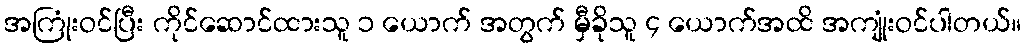
အကြုံးဝင်ပြီး ကိုင်ဆောင်ထားသူ ၁ ယောက် အတွက် မှီခိုသူ ၄ ယောက်အထိ အကျုံးဝင်ပါတယ်။